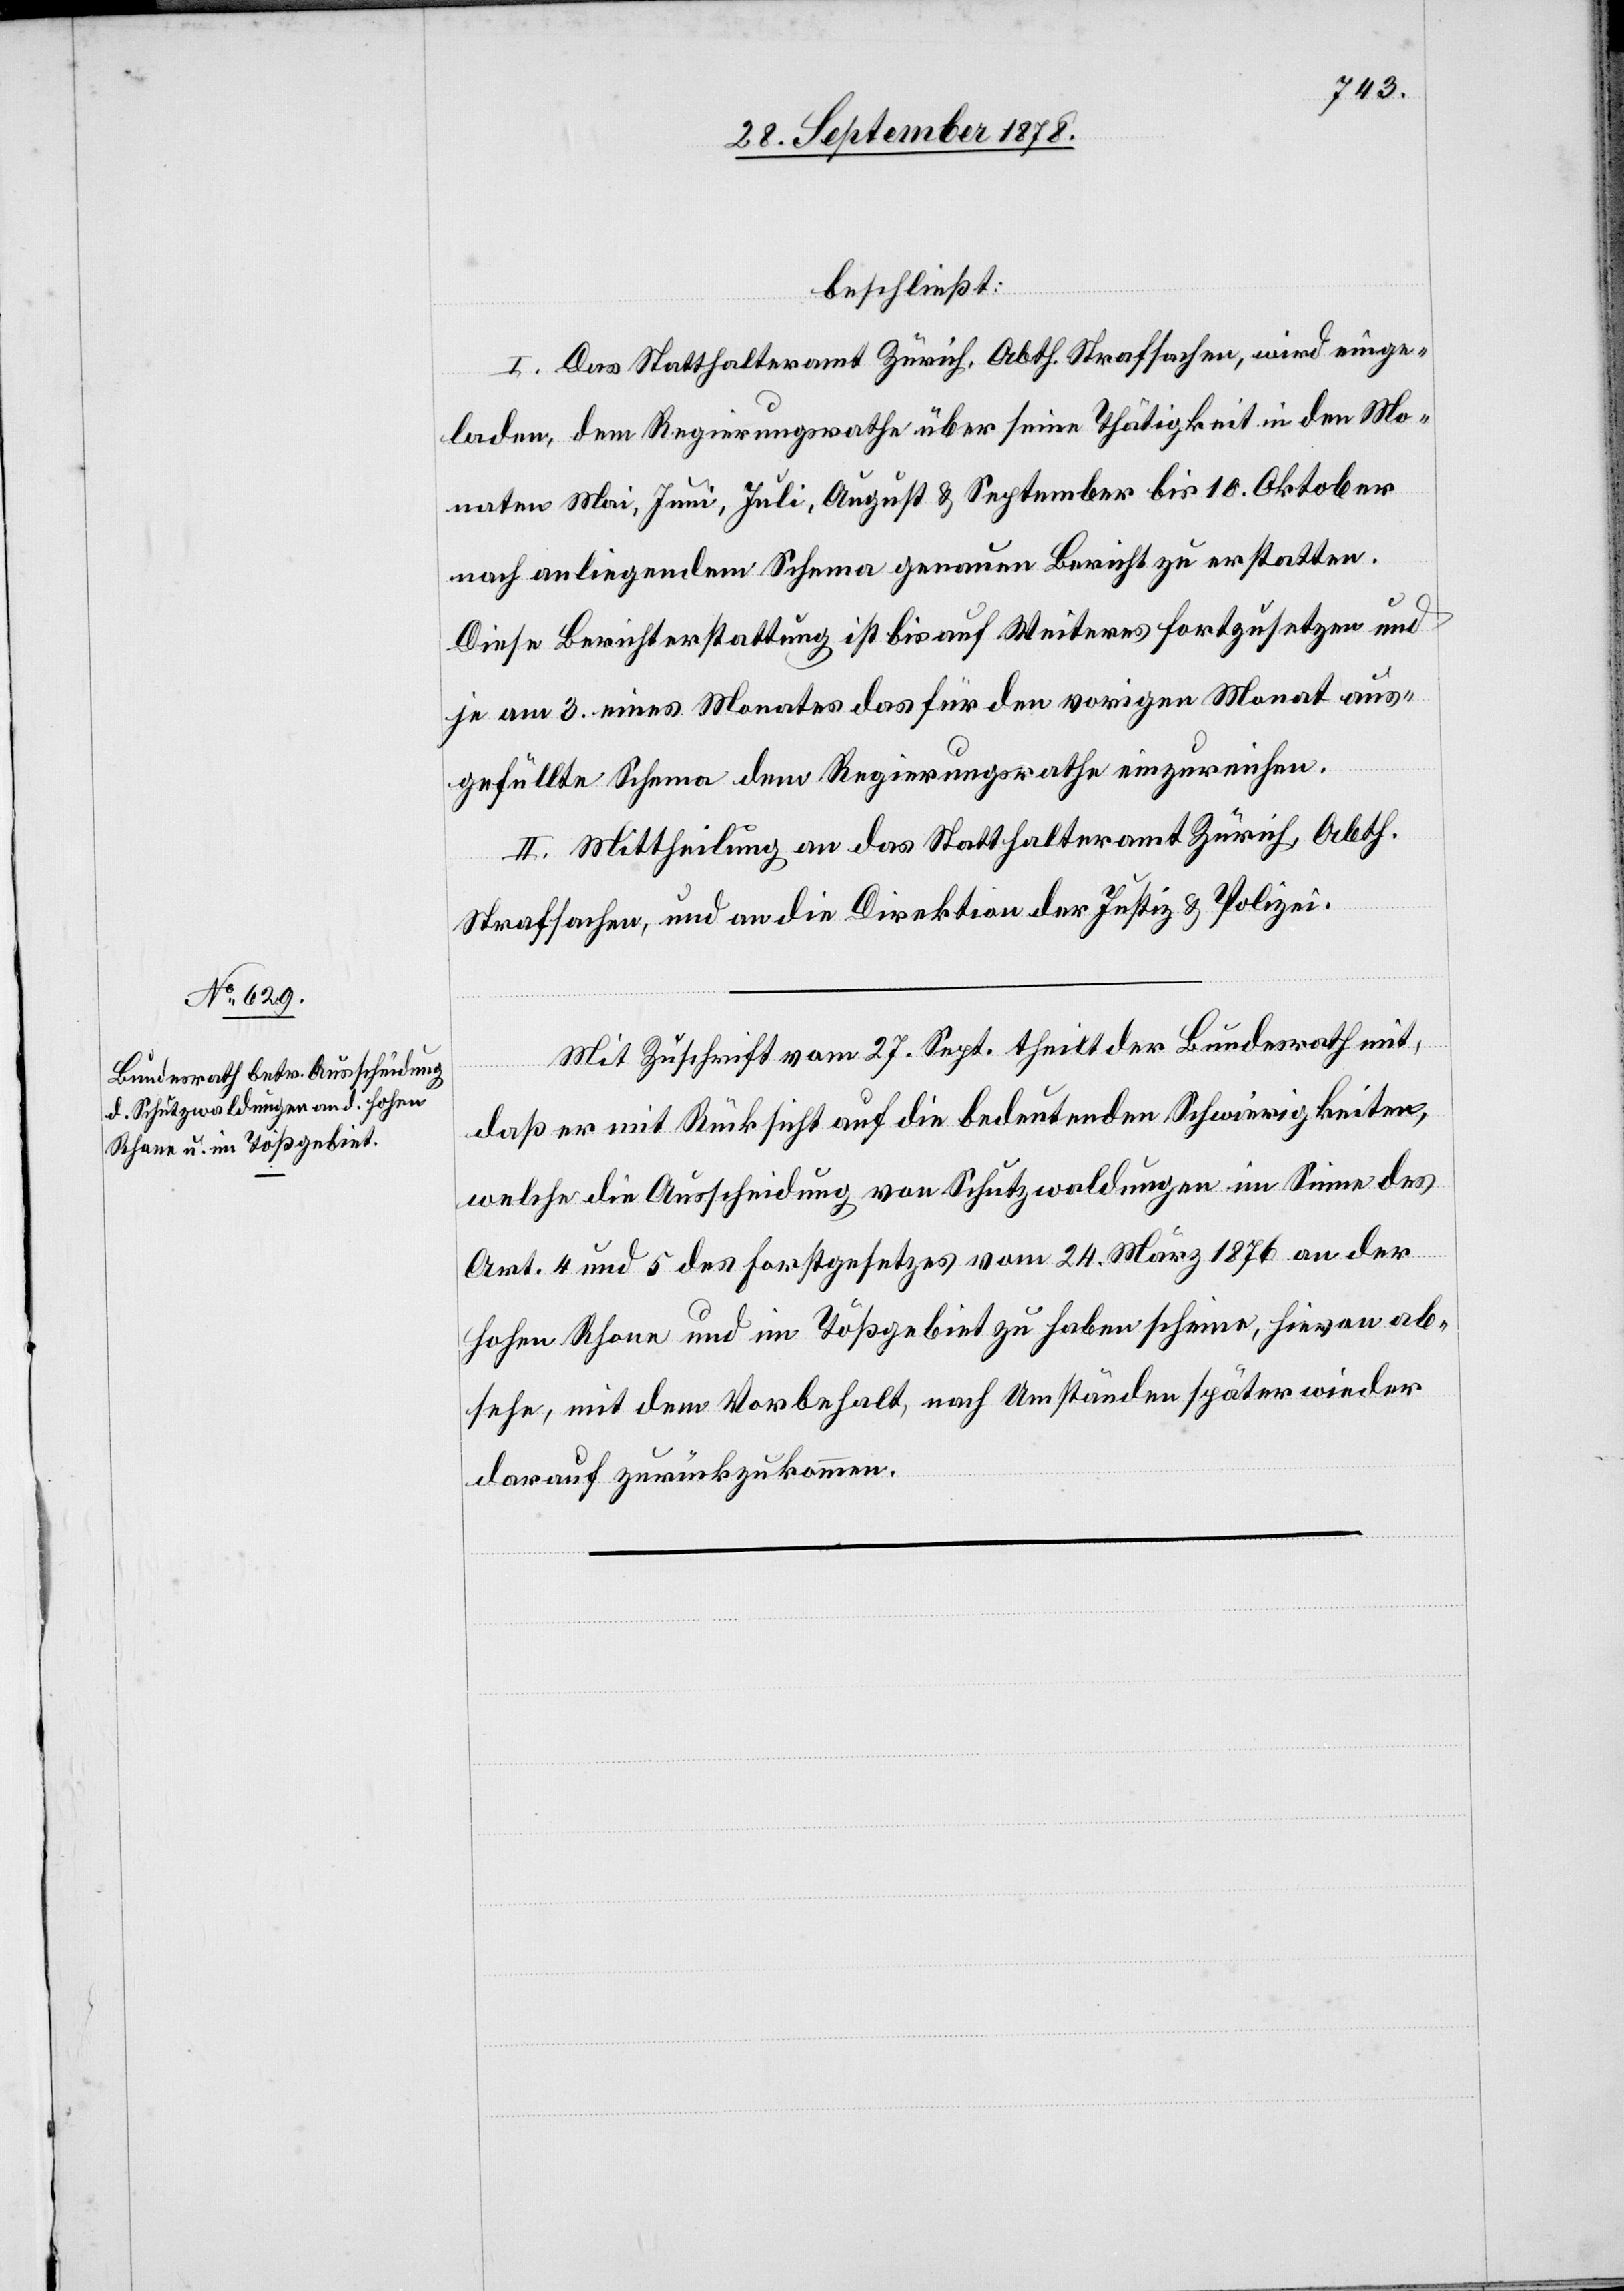
1878.
30. September 1878.]
beschließt:
I. Das Statthalteramt Zürich, Abth. Strafsachen, wird einge¬
…
laden, dem Regierungsrathe über seine Thätigkeit in den Mo¬
naten Mai, Juni, Juli, August & September bis 10. Oktober
nach anliegendem Schema genauen Bericht zu erstatten.
Diese Berichterstattung ist bis auf Weiteres fortzusetzen und
je am 3. eines Monates das für den vorigen Monat aus¬
gefüllte Schema dem Regierungsrathe einzureichen.
II. Mittheilung an das Statthalteramt Zürich, Abth.
Strafsachen, und an die Direktion der Justiz & Polizei.
Mit Zuschrift vom 27. Sept. theilt der Bundesrath mit,
daß er mit Rücksicht auf die bedeutenden Schwierigkeiten,
welche die Ausscheidung von Schutzwaldungen im Sinne des
Art. 4 und 5 des Forstgesetzes vom 24. März 1876 an der
hohen Rhone und im Tößgebiet zu haben scheine, hievon ab¬
sehe, mit dem Vorbehalt, nach Umständen später wieder
darauf zurückzukommen.